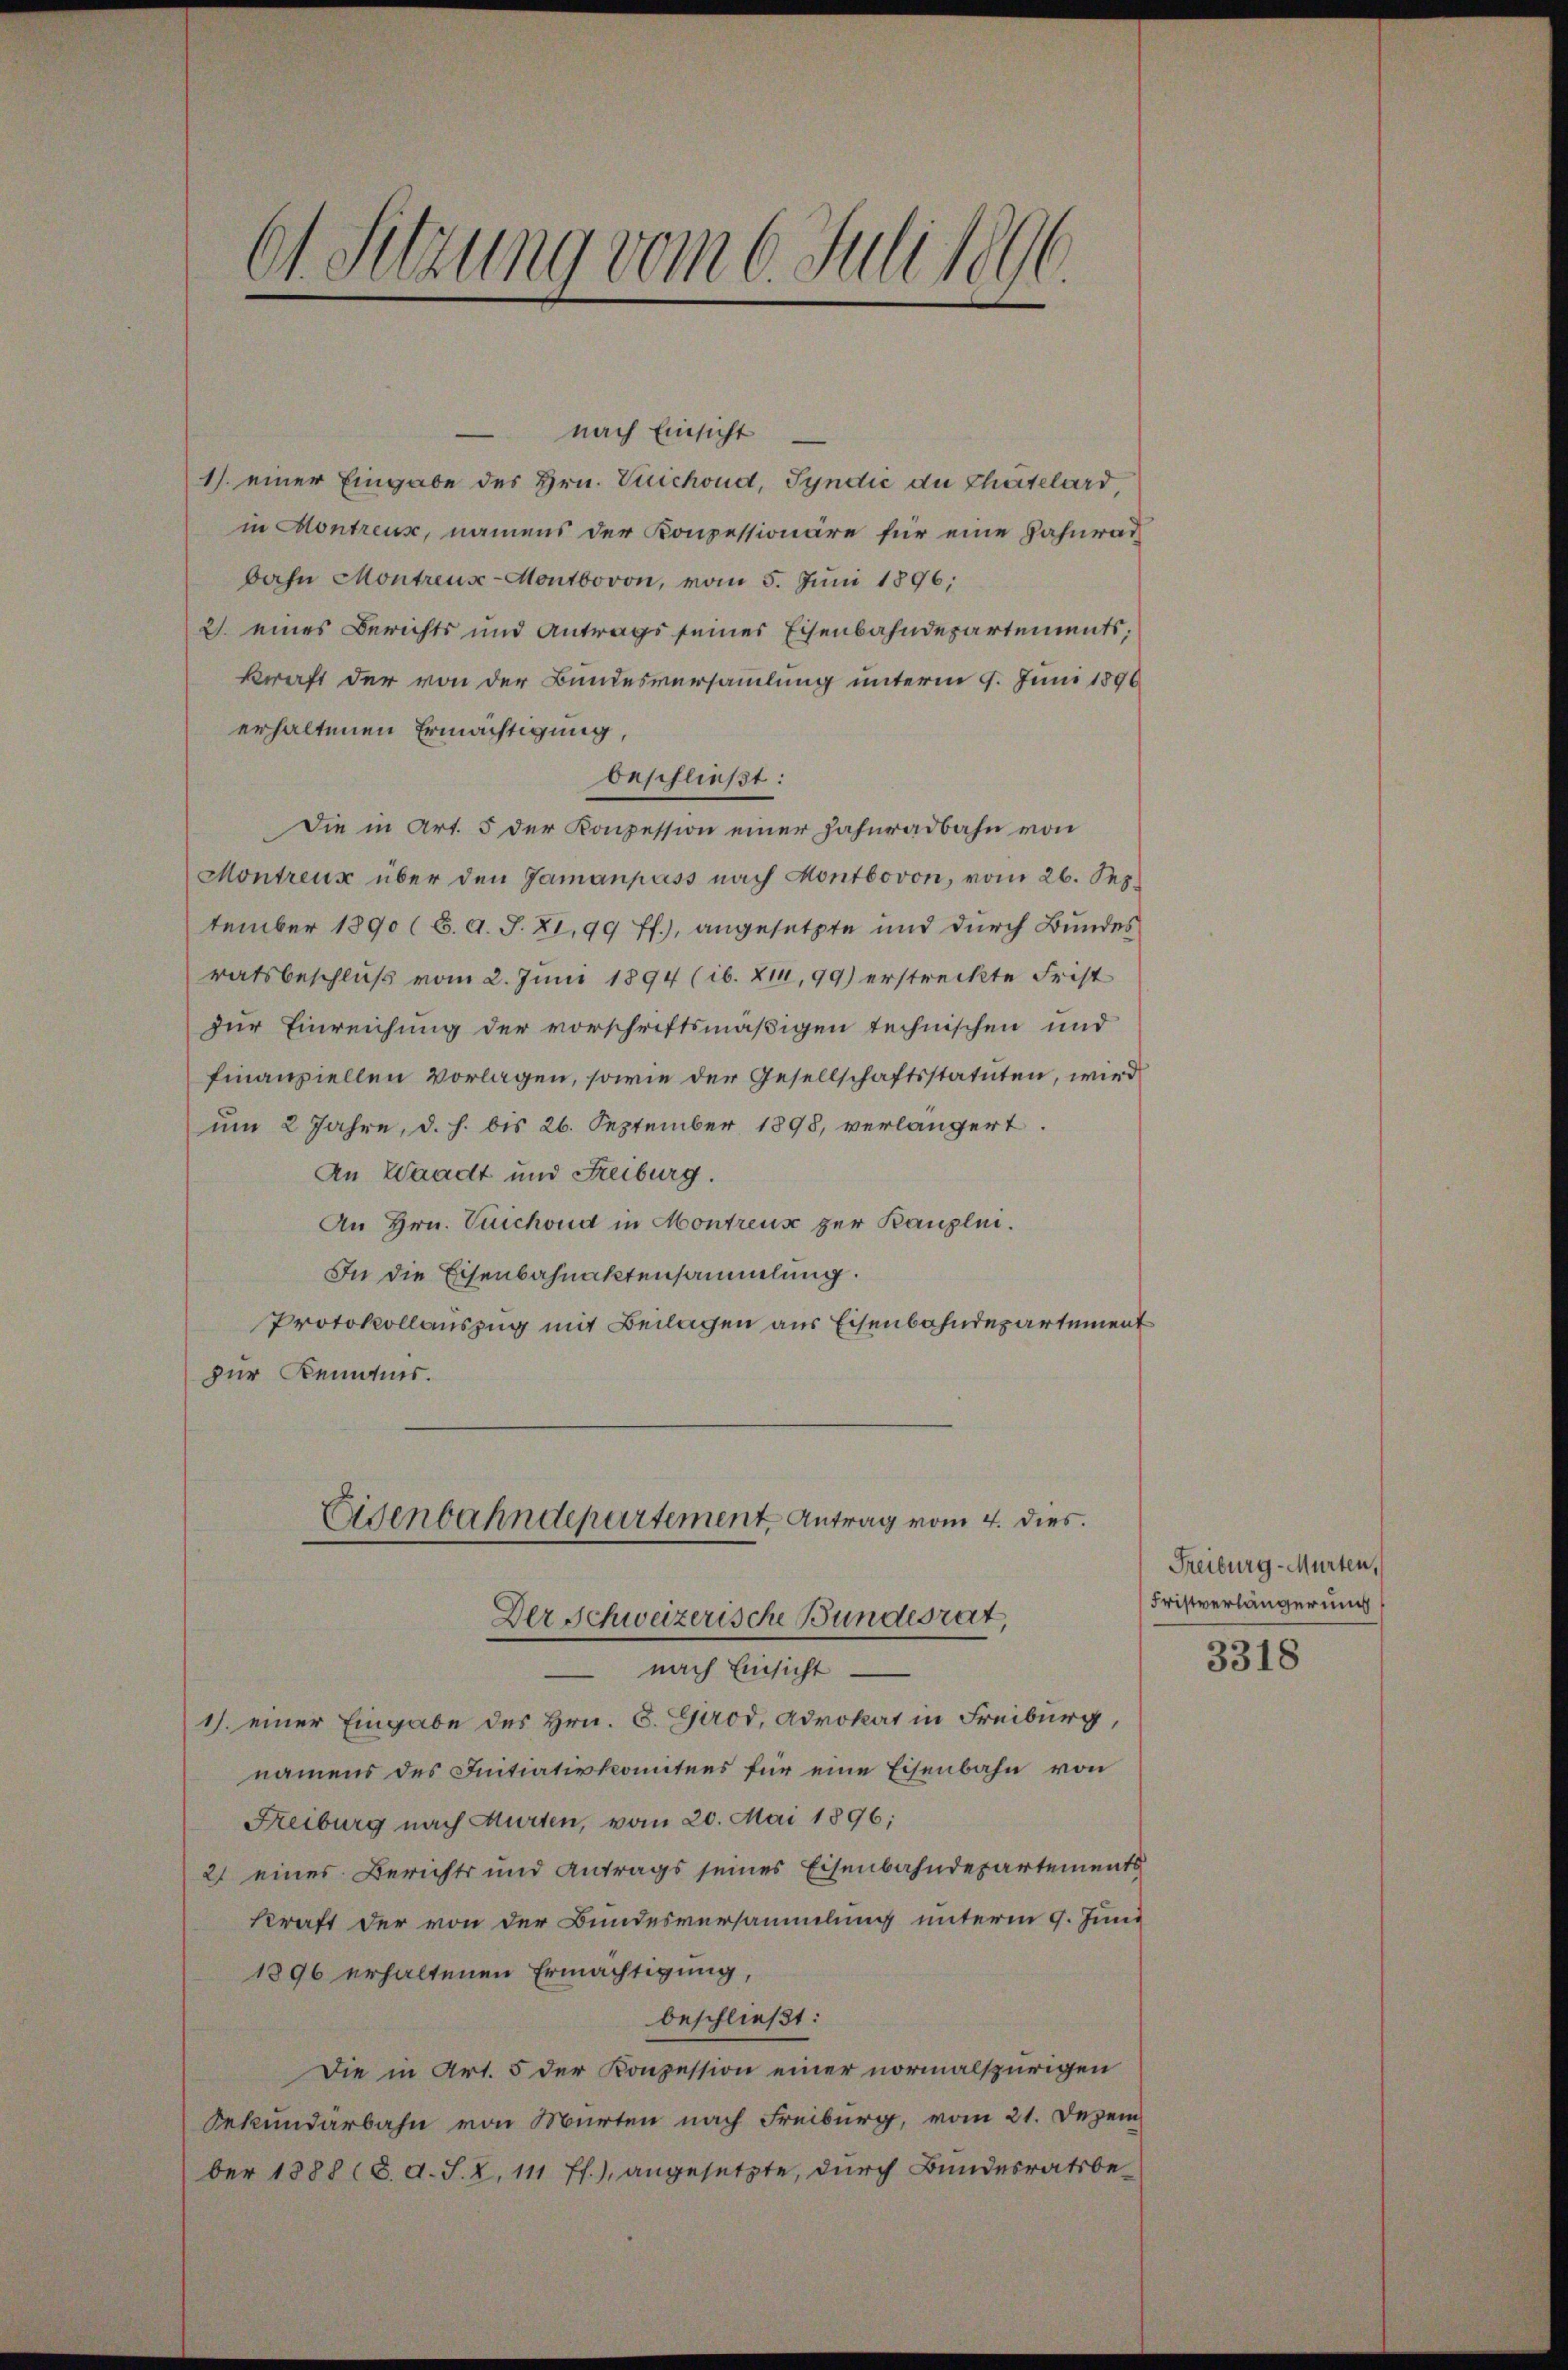
61. Sitzung vom 6. Juli 1896.

nach Einsicht
1) einer Eingabe des Hrn. Vuichoud, Syndić du Chätelard
in Montreus, namens der Konzessionäre für eine Zahnrath
bahn Montreuse-Montbovon, vom 5. Juni 1896;
2) eines Berichts und Antrags seines Eisenbahndepartements;
kraft der von der Bundesversammlung unterm 9. Juni 1896
erhaltenen Ermächtigung
beschließt:
Die in Art. 5 der Konzession einer Zahnradbahn von
Montreux über den Gamanpass nach Montbovon, vom 26. Sep.
tember 1890 (6. d. J. XI, 99 ff.), angesetzte und durch Bundes
ratsbeschluß vom 2. Juni 1894 (ib. XI, 99) erstreckte Frist
zur Einreichung der vorschriftsmäßigen technischen und
finanziellen vorlagen, sowie der Gesellschaftsstatuten, wird
um 2 Jahre, d. h. bis 26. September 1898, verlängert.
An Waadt und Freiburg.
An Hrn. Tuichoud in Montreus zur Kanzlei.
In die Eisenbahnaktensammlung.
Protokollauszug mit Beilagen aus Eisenbahndepartement
zur Kenntnis.
Eisenbahndepartement, Antrag vom 4. dies.
Der Schweizerische Bundesrat,
nach Einsicht.
1) einer Eingabe des Hrn. S. Grod, Advokat in Freiburg,
namens des Initiativkomitees für eine Eisenbahn von
Freiburg nach Murten, vom 20. Mai 1896;
21 eines Berichts und Antrags seines Eisenbahndepartements
kraft der von der Bundesversammlung unterm 9. Juni
1896 erhaltenen Ermächtigung,
beschließt:
Die in Art. 5 der Konzession einer normalspurigen
Sekundärbahn von Murten nach Freiburg, vom 21. Dezem
ber 1888 (8. d. J. Z. 111 ff.), angesetzte, durch Bundesratsbe¬

Freiburg-Murten,
Fristverlängerung

3318